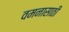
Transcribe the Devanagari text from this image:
वमनासाठी